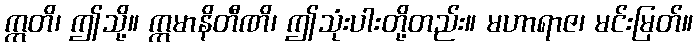
ဣတိ၊ ဤသို့။ ဣမာနိတီဏိ၊ ဤသုံးပါးတို့တည်း။ မဟာရာဇ၊ မင်းမြတ်။